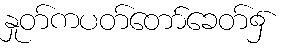
နှုတ်ကပတ်တော်ခေတ်၌